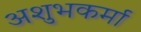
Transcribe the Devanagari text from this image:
अशुभकर्मा